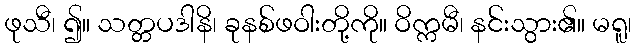
ဖုသီ၊ ၍။ သတ္တပဒါနိ၊ ခုနစ်ဖဝါးတို့ကို။ ဝိက္ကမီ၊ နင်းသွား၏။ မရူ၊